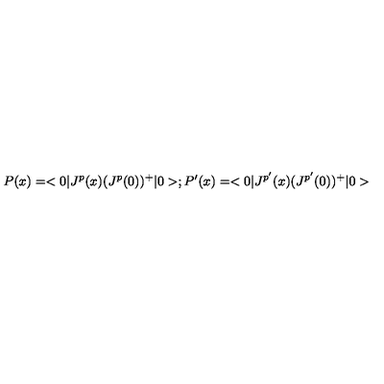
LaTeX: P ( x ) = < 0 | J ^ { p } ( x ) ( J ^ { p } ( 0 ) ) ^ { + } | 0 > ; P ^ { \prime } ( x ) = < 0 | J ^ { p ^ { \prime } } ( x ) ( J ^ { p ^ { \prime } } ( 0 ) ) ^ { + } | 0 >